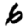
Digit: 6